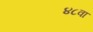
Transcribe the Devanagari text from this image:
४८वा